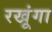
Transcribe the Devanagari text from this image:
रखूंगा